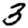
Digit: 3